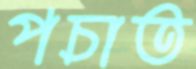
পচাত